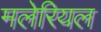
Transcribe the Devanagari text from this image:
मलेरियल